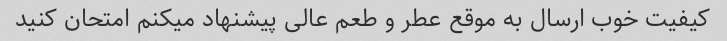
کیفیت خوب ارسال به موقع عطر و طعم عالی پیشنهاد میکنم امتحان کنید